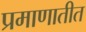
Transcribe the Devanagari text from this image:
प्रमाणातीत